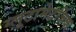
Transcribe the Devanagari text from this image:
ग्लूटामेटर्जिक